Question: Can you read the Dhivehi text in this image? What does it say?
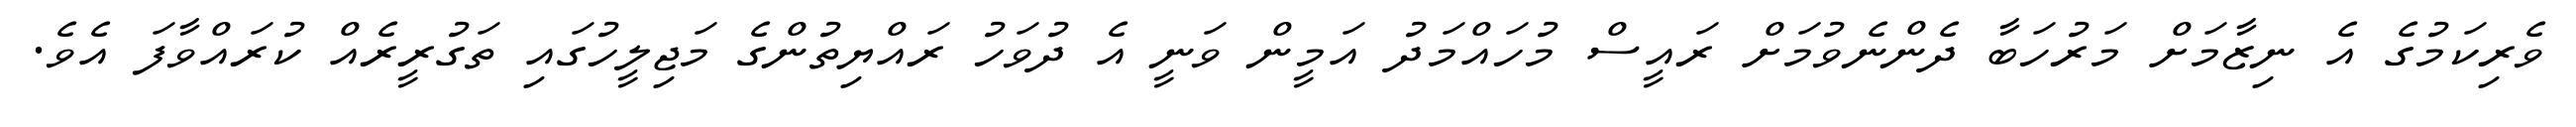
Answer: ވެރިކަމުގެ އެ ނިޒާމަށް މަރުހަބާ ދެންނެވުމަށް ރައީސް މުހައްމަދު އަމީން ވަނީ އެ ދުވަހު ރައްޔިތުންގެ މަޖިލީހުގައި ތަގުރީރެއް ކުރައްވާފަ އެވެ.